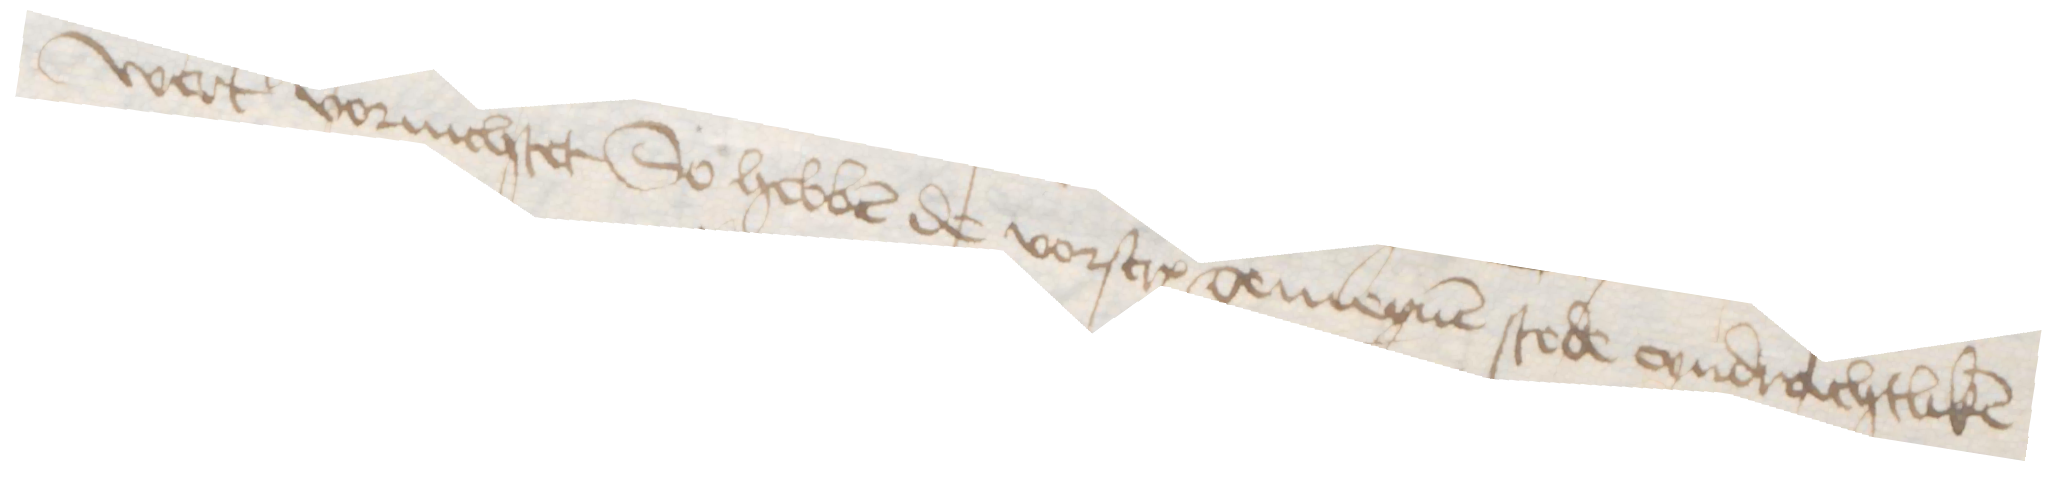
wert vornichtet So hebben de vorscreuen gemeynen stede eyndrachtliken